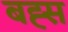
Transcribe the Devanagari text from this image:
बह्स